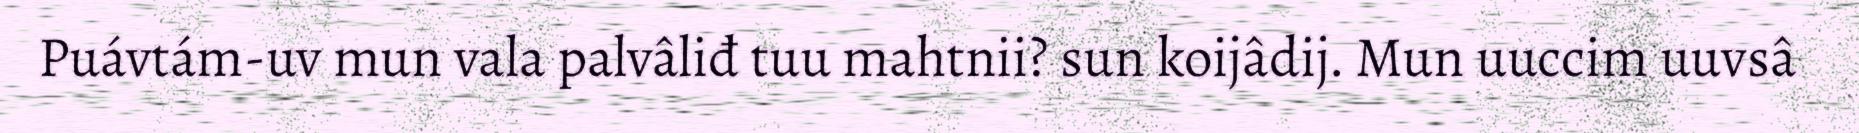
Puávtám-uv mun vala palvâliđ tuu mahtnii? sun koijâdij. Mun uuccim uuvsâ